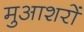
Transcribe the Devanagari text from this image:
मुआशरों